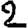
Digit: 2